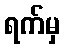
ရက်မှ